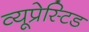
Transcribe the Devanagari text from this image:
व्यूप्रेस्टिड